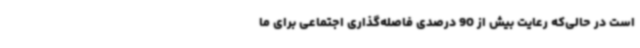
است در حالی‌که رعایت بیش از 90 درصدی فاصله‌گذاری اجتماعی برای ما